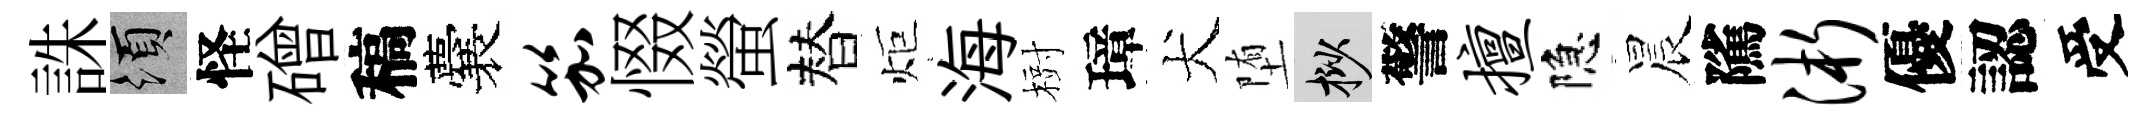
誅須怪磳稿囊笳惙螢替炬海𣗳璋犬堕挲警擅隐晨隲浙優認受